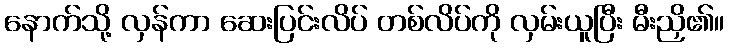
နောက်သို့ လှန်ကာ ဆေးပြင်းလိပ် တစ်လိပ်ကို လှမ်းယူပြီး မီးညှိ၏။